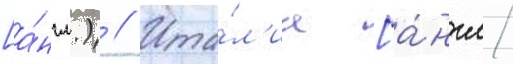
[а́нгл.) // Ита́л'иа [а́нгл.